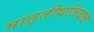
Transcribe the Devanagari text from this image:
मातृतीर्थाजवळ